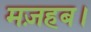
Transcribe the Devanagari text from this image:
मज़हब।